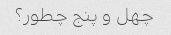
چهل و پنج چطور؟